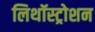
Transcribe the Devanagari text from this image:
लिथॉस्ट्रोशन